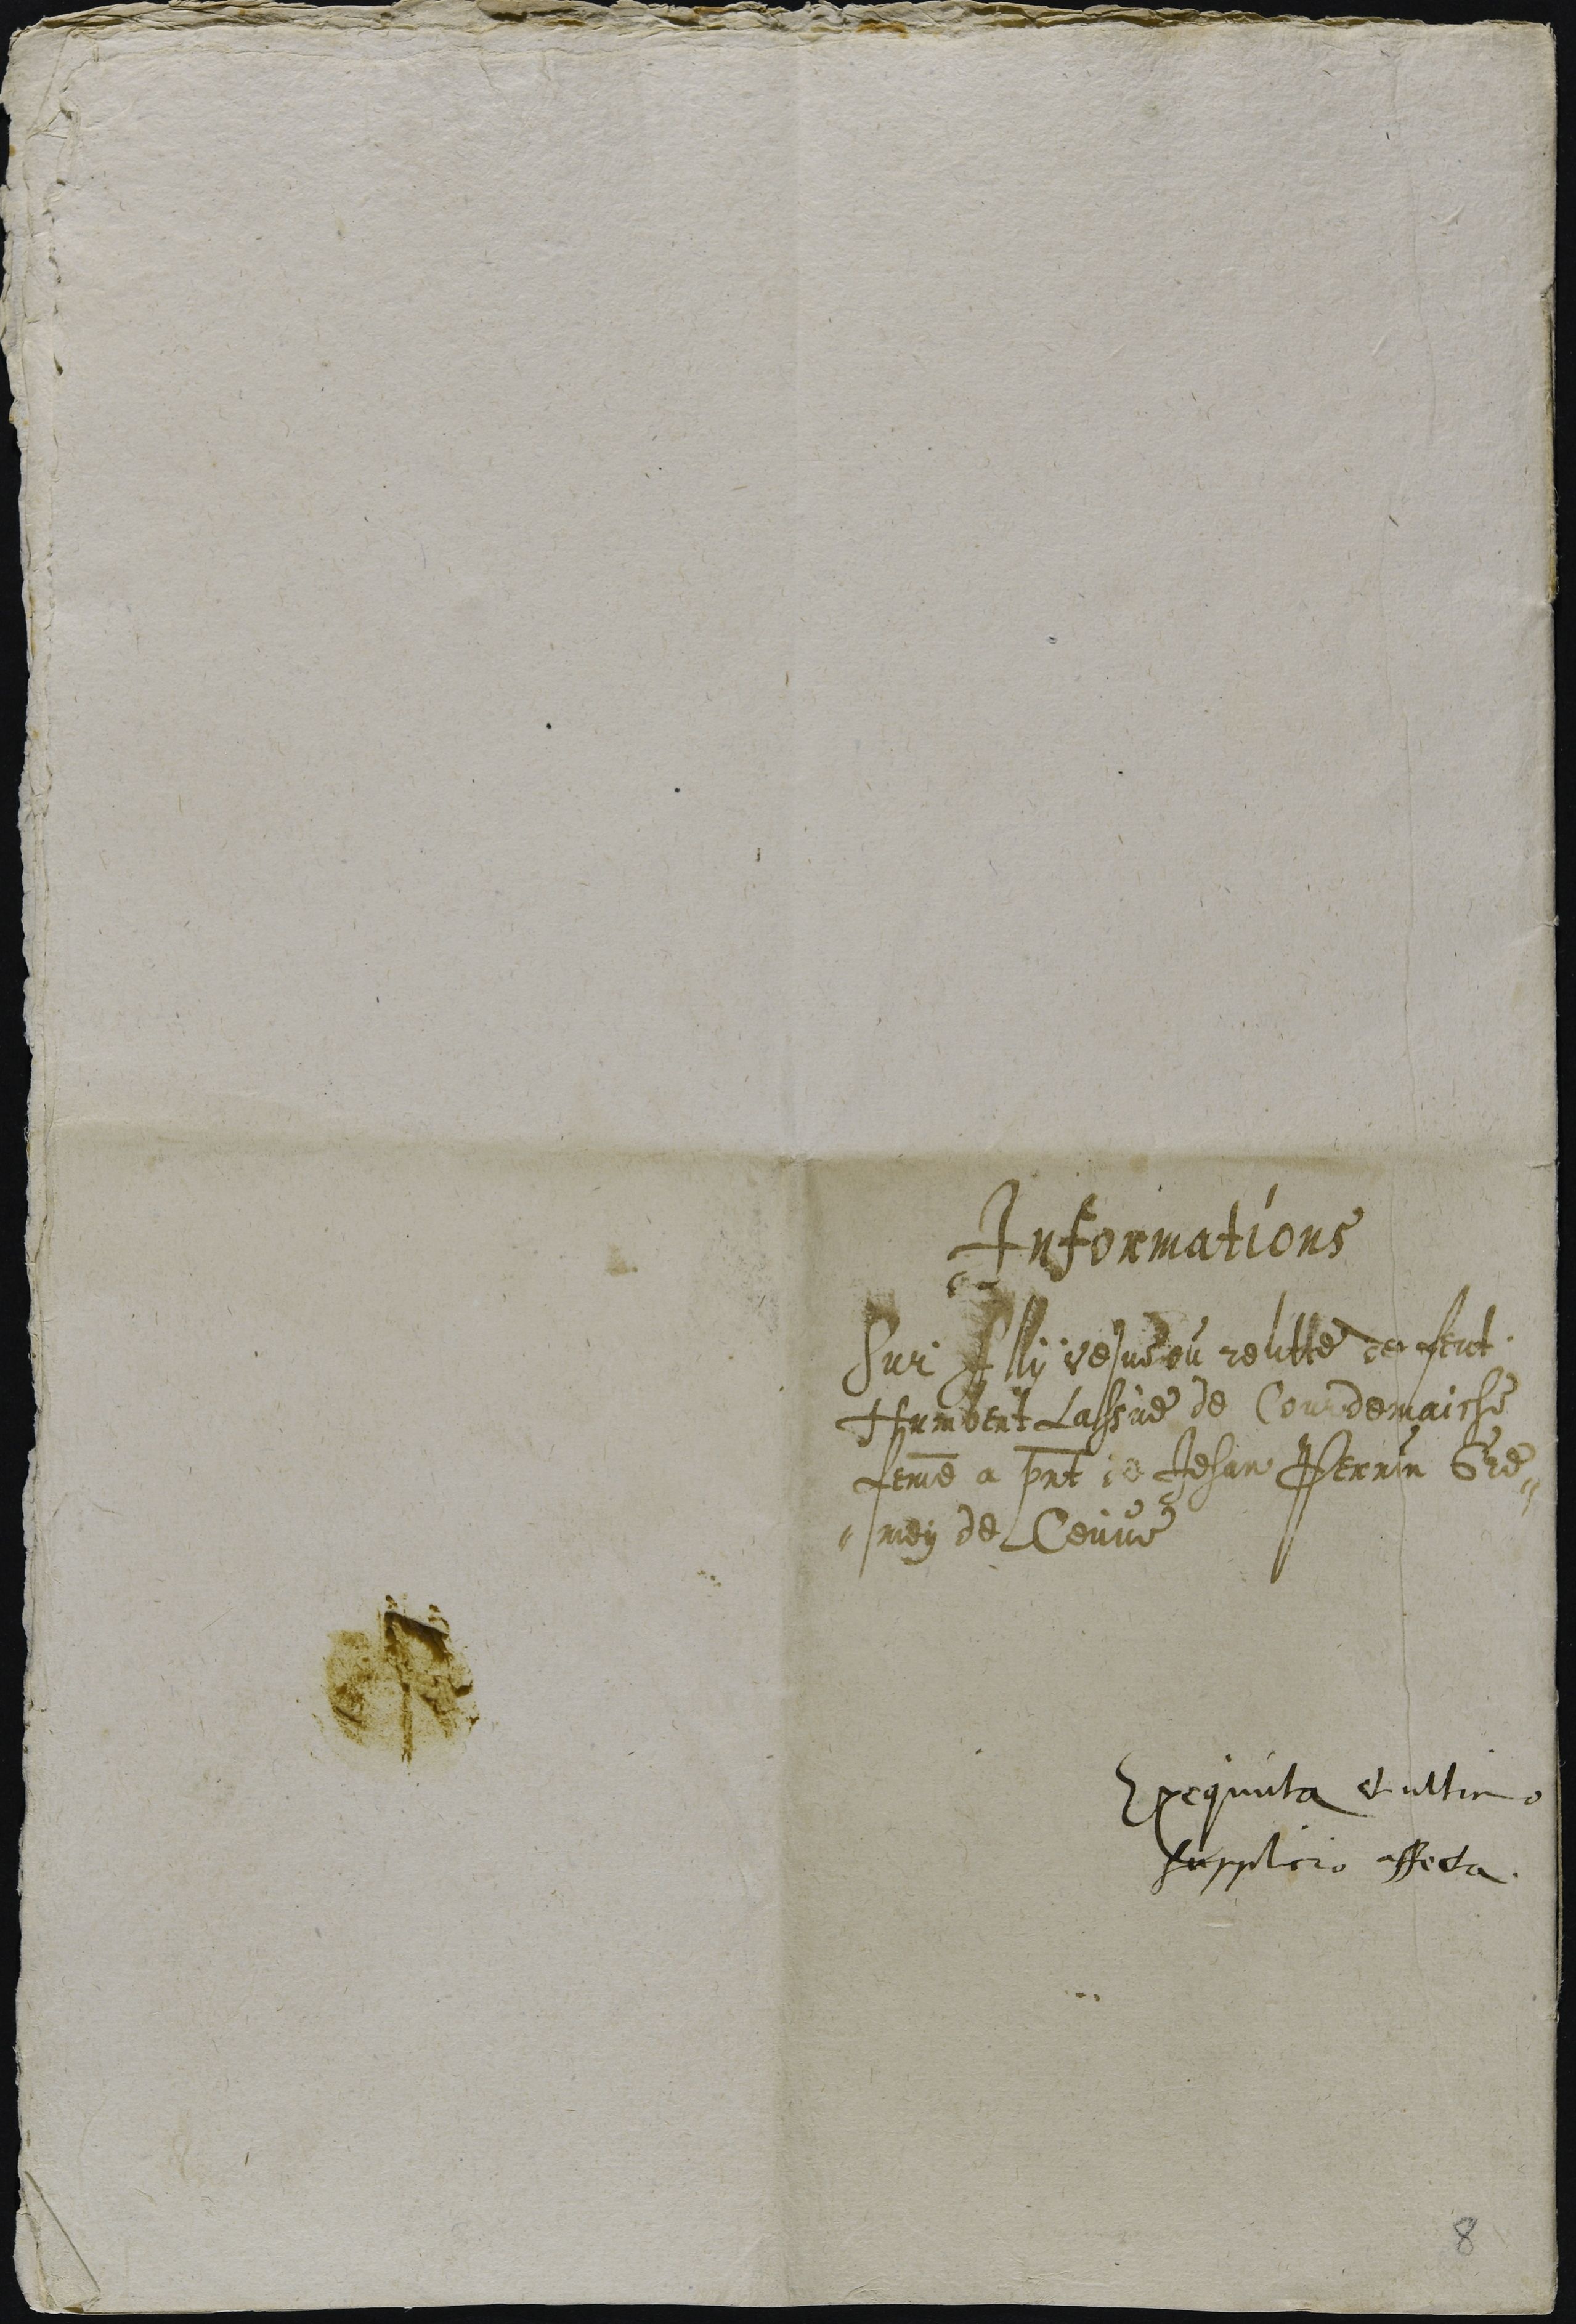
Informations
Sur Ally vesve ou relitte de feut
Humbert Lassue de Courdemaiche
femme a present de Jehan Perrin Gre-
-mey de Ceuve
Exequuta et ultimo
supplicio affecta

8